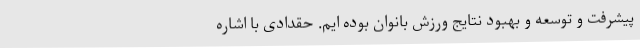
پیشرفت و توسعه و بهبود نتایج ورزش بانوان بوده ایم. حقدادی با اشاره